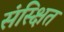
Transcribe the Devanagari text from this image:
संस्क्षित